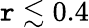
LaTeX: \mathtt{r}\lesssim0.4